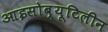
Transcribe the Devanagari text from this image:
आइसोब्यूटिलीन